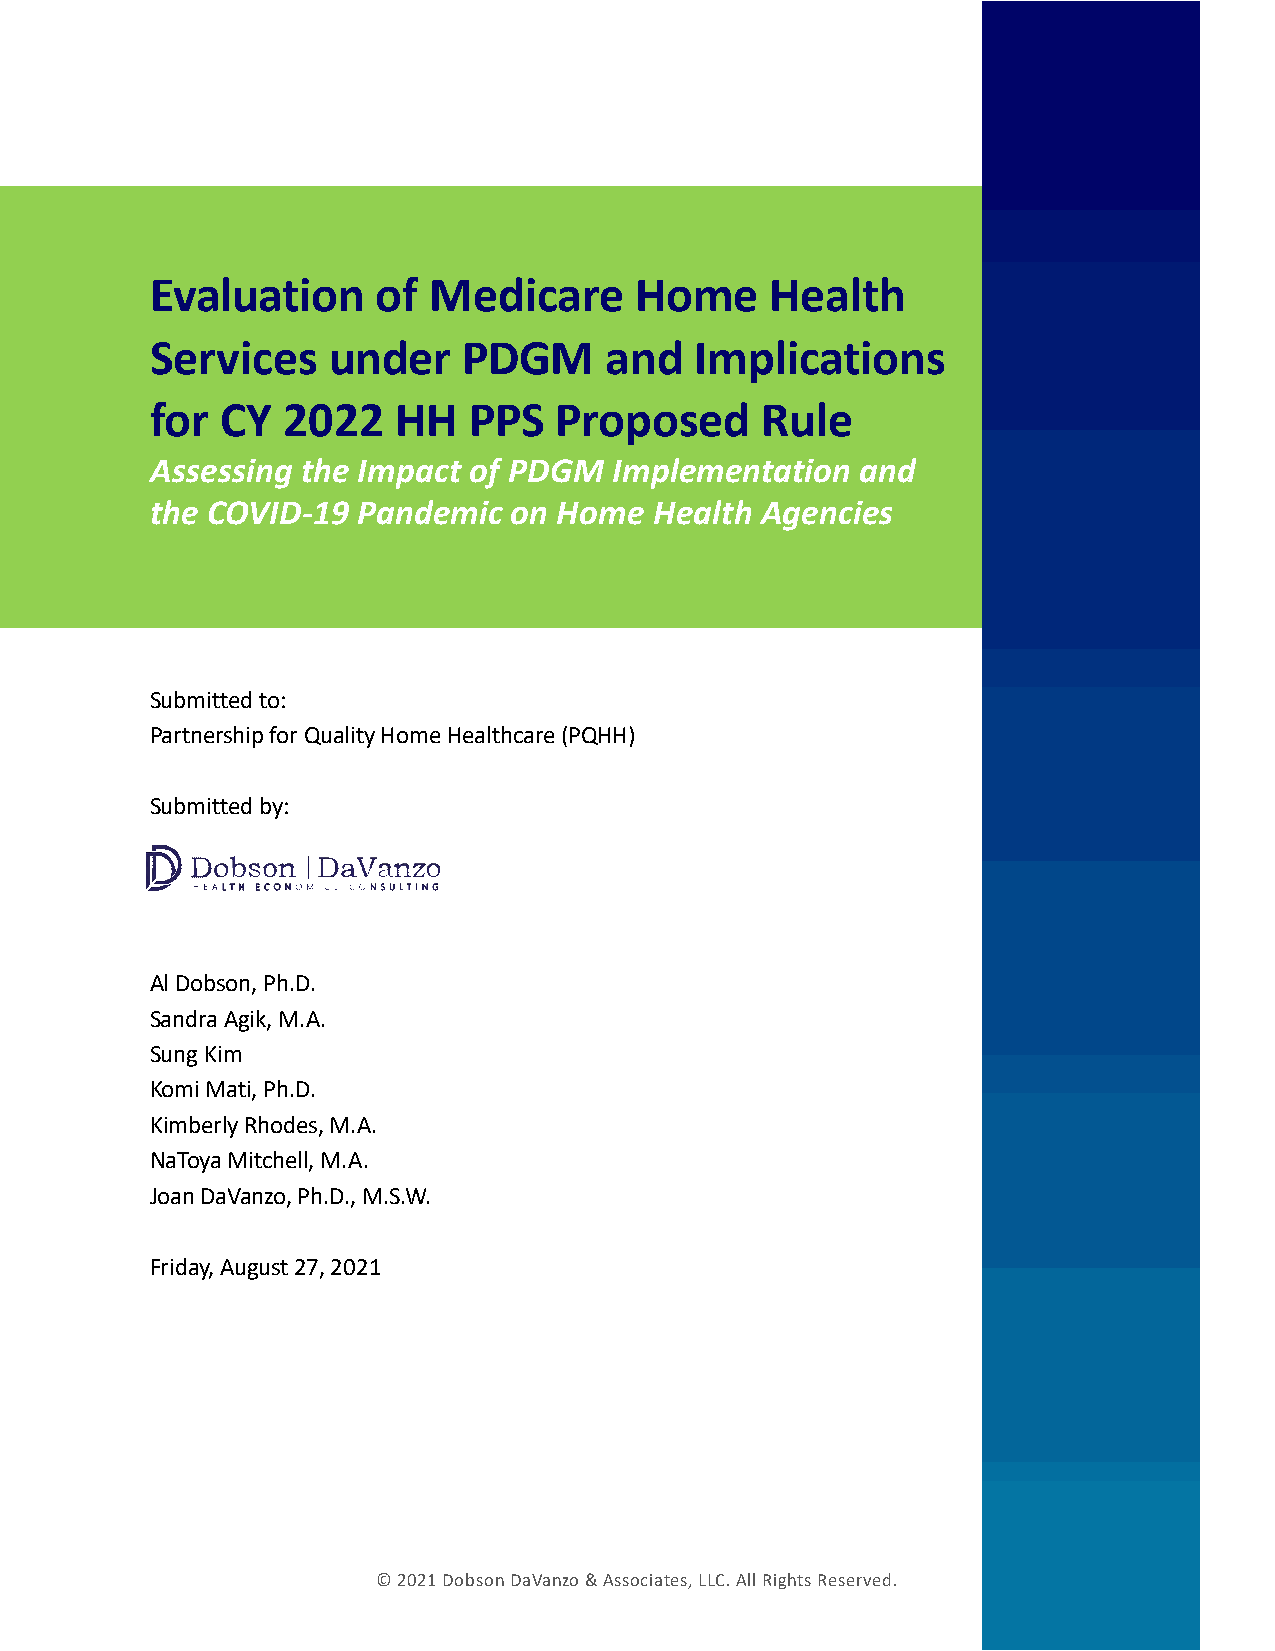
Evaluation     of Medicare      Home     Health
 Services    under    PDGM     and   Implications
 for  CY  2022   HH   PPS   Proposed     Rule
 Assessing the Impact of PDGM   Implementation  and
 the COVID-19  Pandemic  on Home  Health Agencies
 Submitted to:
 Partnership for Quality Home Healthcare (PQHH)
 Submitted by:
 Al Dobson, Ph.D.
 Sandra Agik, M.A.
 Sung Kim
 Komi Mati, Ph.D.
 Kimberly Rhodes, M.A.
 NaToya Mitchell, M.A.
 Joan DaVanzo, Ph.D., M.S.W.
 Friday, August 27, 2021
 © 2021 Dobson DaVanzo & Associates, LLC. All Rights Reserved.